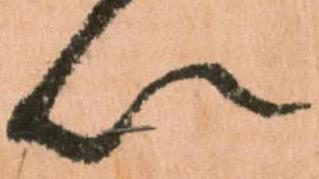
以